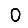
Digit: 0